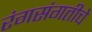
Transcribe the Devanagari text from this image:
रंगसंगतीचे